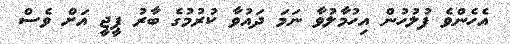
އެހެންވެ ފުލުހުން އިހުމާލުވާ ނަމަ ދައުވާ ކުރުމުގެ ބާރު ޕީޖީ އަށް ވެސް